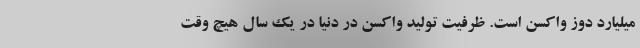
میلیارد دوز واکسن است. ظرفیت تولید واکسن در دنیا در یک سال هیچ وقت